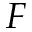
F